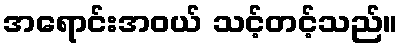
အရောင်းအဝယ် သင့်တင့်သည်။